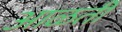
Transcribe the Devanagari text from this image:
आळती